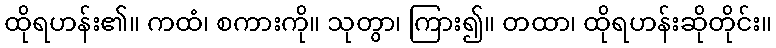
ထိုရဟန်း၏။ ကထံ၊ စကားကို။ သုတွာ၊ ကြား၍။ တထာ၊ ထိုရဟန်းဆိုတိုင်း။